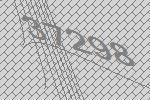
37298